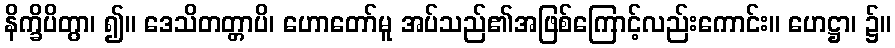
နိက္ခိပိတွာ၊ ၍။ ဒေသိတတ္တာပိ၊ ဟောတော်မူ အပ်သည်၏အဖြစ်ကြောင့်လည်းကောင်း။ ဟေဋ္ဌာ၊ ၌။